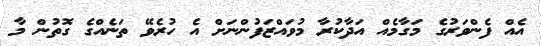
އެއް ފެންވަރުގެ މަގާމެއް އަދާކުރާ މުވައްޒަފުންނަށް އެ ހުރެވޭ ތަނެއްގެ ގޮތުން މާ